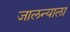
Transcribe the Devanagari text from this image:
जालन्याला